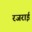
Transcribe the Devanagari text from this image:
रजराई